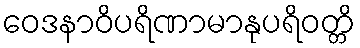
ဝေဒနာဝိပရိဏာမာနုပရိဝတ္တိ